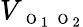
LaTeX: V_{\mathrm{~\scriptsize~O~}_{1}\mathrm{~\scriptsize~O~}_{2}}